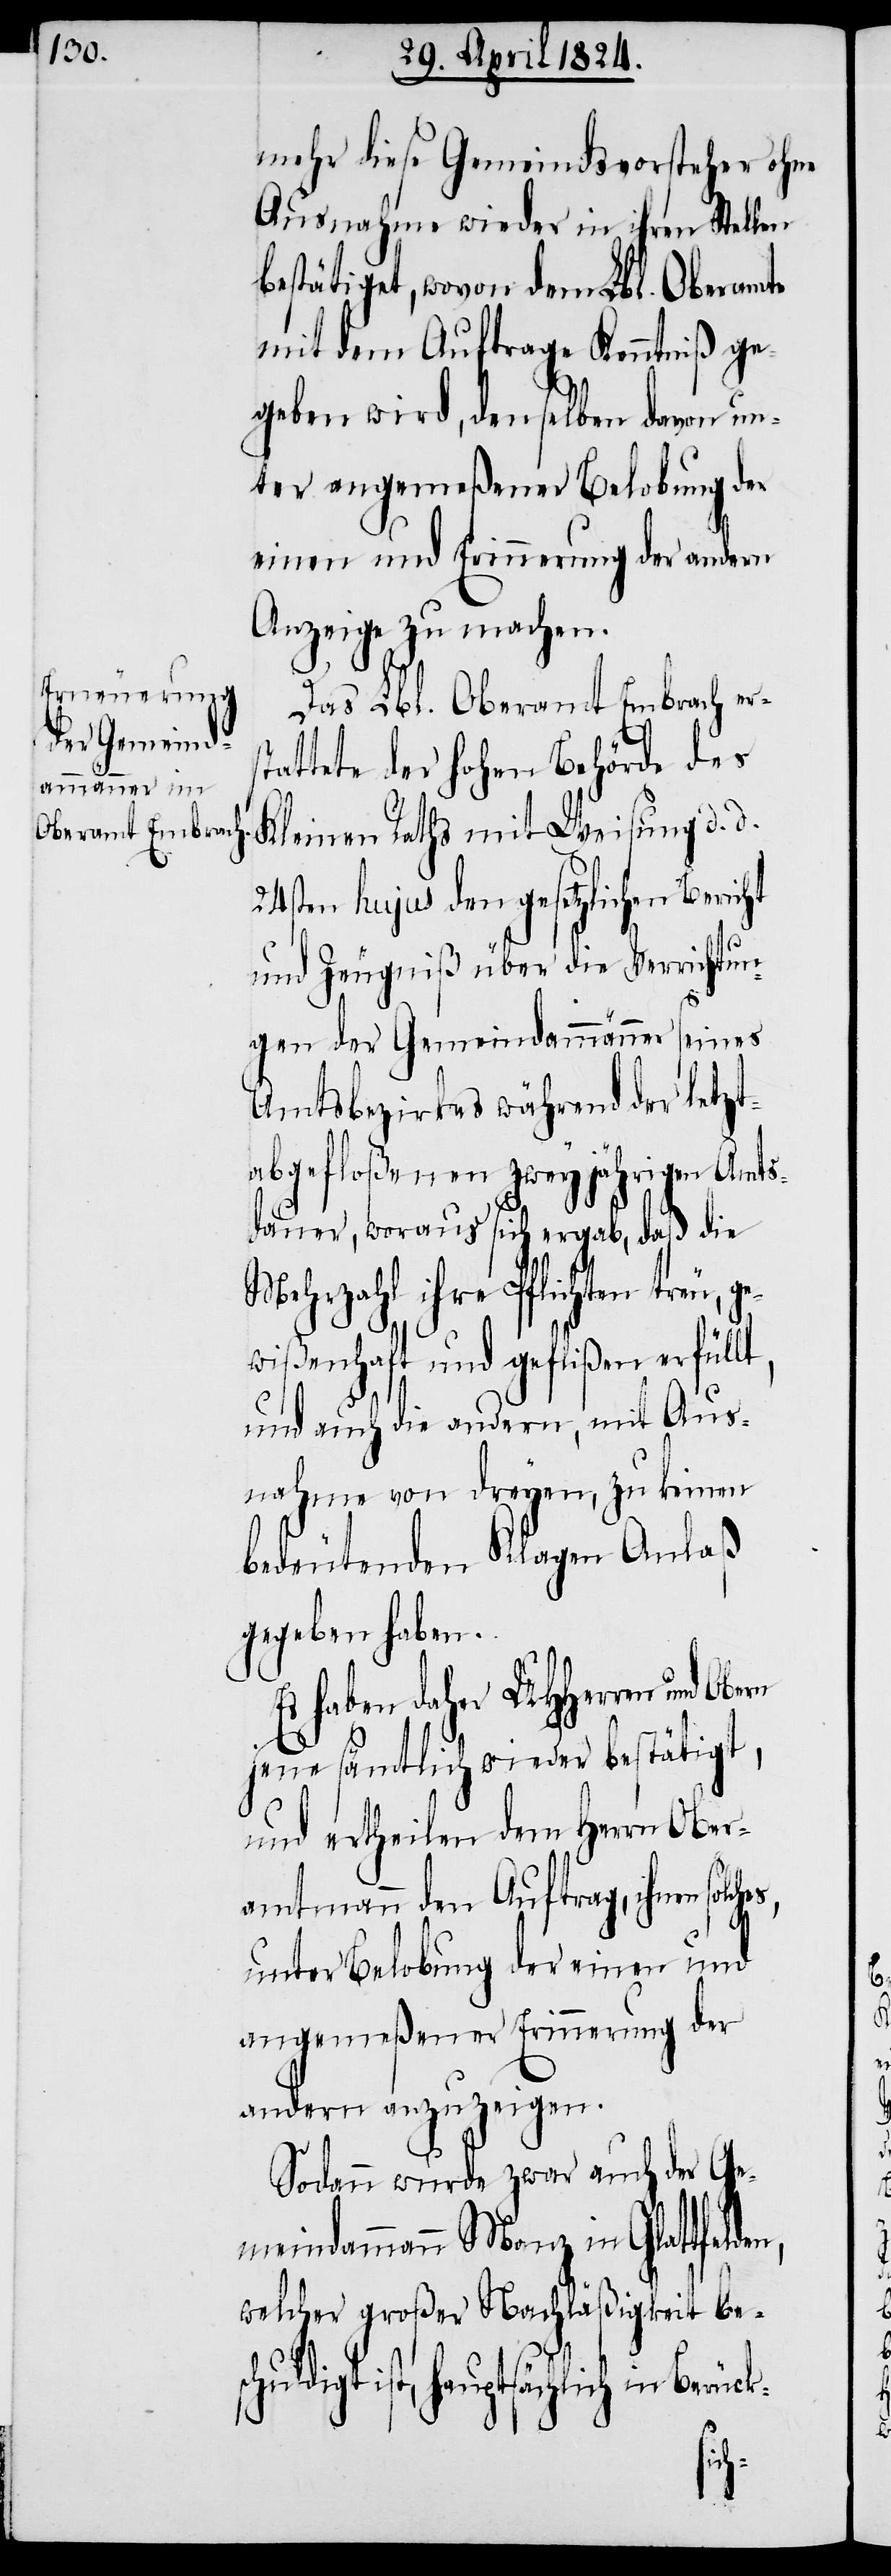
den,

mehr diese Gemeindsvorsteher ohne
Ausnahme wieder in ihren Stellen
bestätigt, wovon dem Lbl. Oberamte
mit dem Auftrage Kenntniß ge¬
geben wird, denselben davon un¬
ter angemeßener Belobung der
einen und Erinnerung der andern
Anzeige zu machen.
Das Lbl. Oberamt Embrach ers¬
tattete der hohen Behörde des
Kleinen Raths mit Weisung d. d.
24sten hujus den gesetzlichen Bericht
und Zeugniß über die Verrichtun¬
gen der Gemeindammänner seines
Amtsbezirkes während der letzt¬
abgefloßenen zweyjährigen Amts¬
dauer, woraus sich ergab, daß die
Mehrzahl ihre Pflichten treu, ge¬
wißenhaft und geflißen erfüllt,
und auch die andern, mit Aus¬
nahme von dreyen, zu keinen
bedeutenden Klagen Anlaß
gegeben haben.
Es haben daher UHHerren und Obern
jene sämtlich wieder bestätigt,
und ertheilen dem Herrn Ober¬
amtmann den Auftrag, ihnen
unter Belobung der einen und
angemeßener Erinnerung der
andern anzuzeigen.
Sodann wurde zwar auch der Ge¬
meindammann Monz in Glattfel¬
welcher großer Nachläßigkeit besc¬
huldigt ist, hauptsächlich in